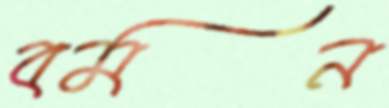
বমন